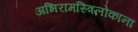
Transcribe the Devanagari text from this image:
अभिरामस्त्रिलोकानां